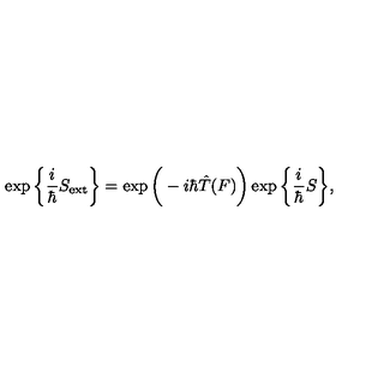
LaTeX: \exp \bigg \{ \frac { i } { \hbar } S _ { \mathrm { e x t } } \bigg \} = \exp \bigg ( - i \hbar \hat { T } ( F ) \bigg ) \exp \bigg \{ \frac { i } { \hbar } S \bigg \} ,